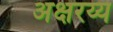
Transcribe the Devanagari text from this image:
अक्षरय्य